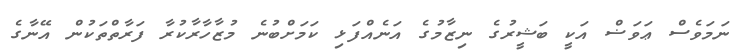
ނަމަވެސް ޢަވަޟް އަކީ ބަޝީރުގެ ނިޒާމުގެ އަނެއްފަޅި ކަމަށްބުނެ މުޒާހާރާކުރާ ފަރާތްތަކުން އޭނާގެ